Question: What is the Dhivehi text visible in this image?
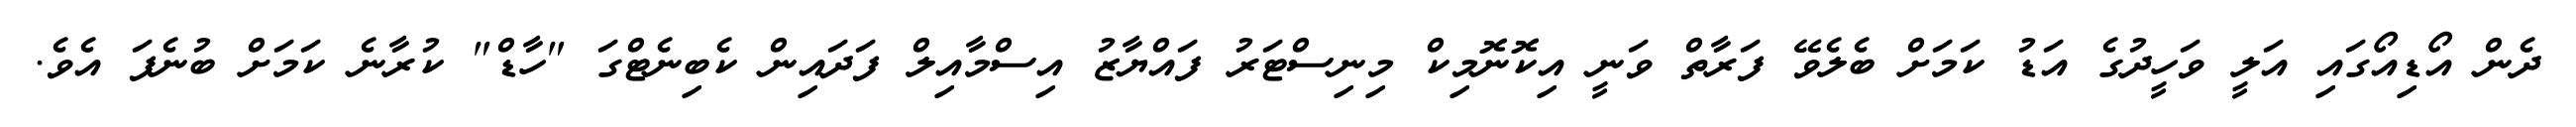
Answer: ދެން އޯޑިއޯގައި އަލީ ވަހީދުގެ އަޑު ކަމަށް ބެލެވޭ ފަރާތް ވަނީ އިކޮނޮމިކް މިނިސްޓަރު ފައްޔާޒު އިސްމާއިލް ފަދައިން ކެބިނެޓްގަ "ހާޑް" ކުރާނެ ކަމަށް ބުނެފަ އެވެ.